Vaccination in Bombay 1869-1873 - 1869-1873
Year: 1869
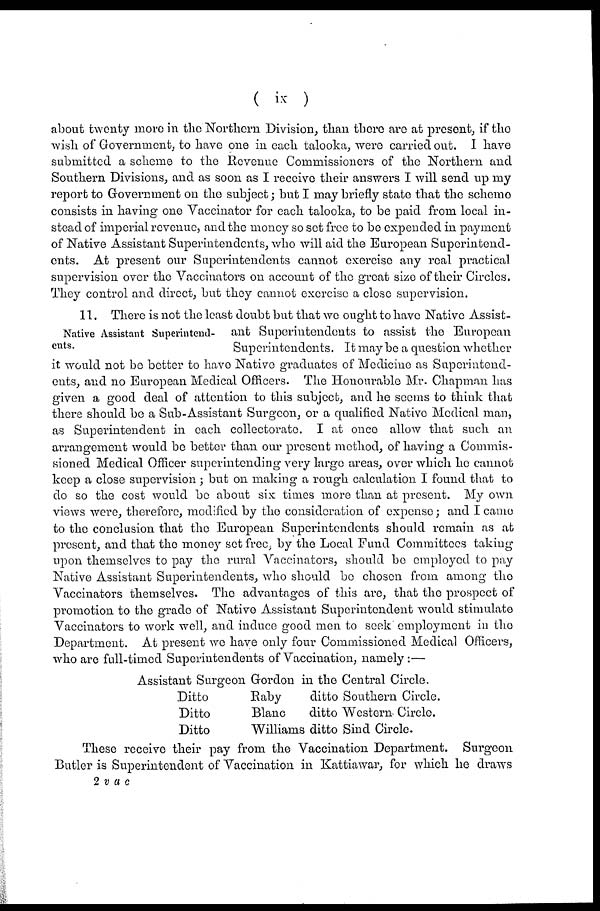
( ix )
about twenty more in the Northern Division, than there are at present, if the
wish of Government, to have one in each talooka, were carried out. I have
submitted a scheme to the Revenue Commissioners of the Northern and
Southern Divisions, and as soon as I receive their answers I will send up my
report to Government on the subject; but I may briefly state that the scheme
consists in having one Vaccinator for each talooka, to be paid from local in-
stead of imperial revenue, and the money so set free to be expended in payment
of Native Assistant Superintendents, who will aid the European Superintend-
ents. At present our Superintendents cannot exercise any real practical
supervision over the Vaccinators on account of the great size of their Circles.
They control and direct, but they cannot exercise a close supervision.
Native Assistant Superintend-
ents.
11. There is not the least doubt but that we ought to have Native Assist-
ant Superintendents to assist the European
Superintendents. It may be a question whether
it would not be better to have Native graduates of Medicine as Superintend-
ents, and no European Medical Officers. The Honourable Mr. Chapman has
given a good deal of attention to this subject, and he seems to think that
there should be a Sub-Assistant Surgeon, or a qualified Native Medical man,
as Superintendent in each collectorate. I at once allow that such an
arrangement would be better than our present method, of having a Commis-
sioned Medical Officer superintending very large areas, over which he cannot
keep a close supervision; but on making a rough calculation I found that to
do so the cost would be about six times more than at present. My own
views were, therefore, modified by the consideration of expense; and I came
to the conclusion that the European Superintendents should remain as at
present, and that the money set free, by the Local Fund Committees taking
upon themselves to pay the rural Vaccinators, should be employed to pay
Native Assistant Superintendents, who should be chosen from among the
Vaccinators themselves. The advantages of this are, that the prospect of
promotion to the grade of Native Assistant Superintendent would stimulate
Vaccinators to work well, and induce good men to seek employment in the
Department. At present we have only four Commissioned Medical Officers,
who are full-timed Superintendents of Vaccination, namely :—
Assistant Surgeon Gordon in the Central Circle.
Ditto
Raby
ditto Southern Circle.
Ditto
Blanc
ditto Western Circle.
Ditto
Williams ditto Sind Circle.
These receive their pay from the Vaccination Department. Surgeon
Butler is Superintendent of Vaccination in Kattiawar, for which he draws
2 vac